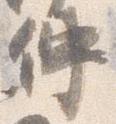
仲